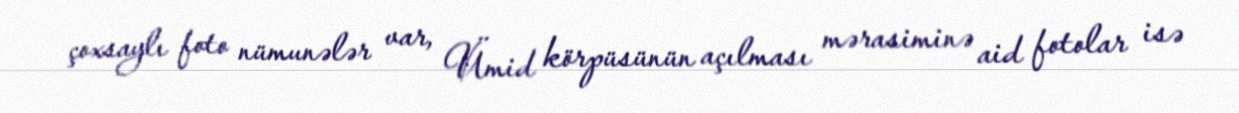
çoxsaylı foto nümunələr var, Ümid körpüsünün açılması mərasiminə aid fotolar isə